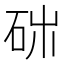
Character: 𥑓